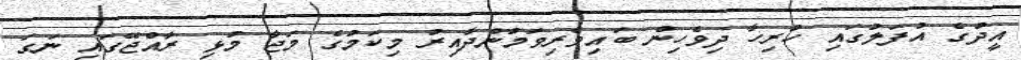
އީދުގެ އުފަލުގައި ހުރިހާ ދިވެހިން ބައިވެރިވަމުންދާއިރު މިކަމުގެ މަޖާ މުޅި ރާއްޖޭގައި ނަގަ